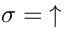
\sigma = \mathrm { \uparrow }